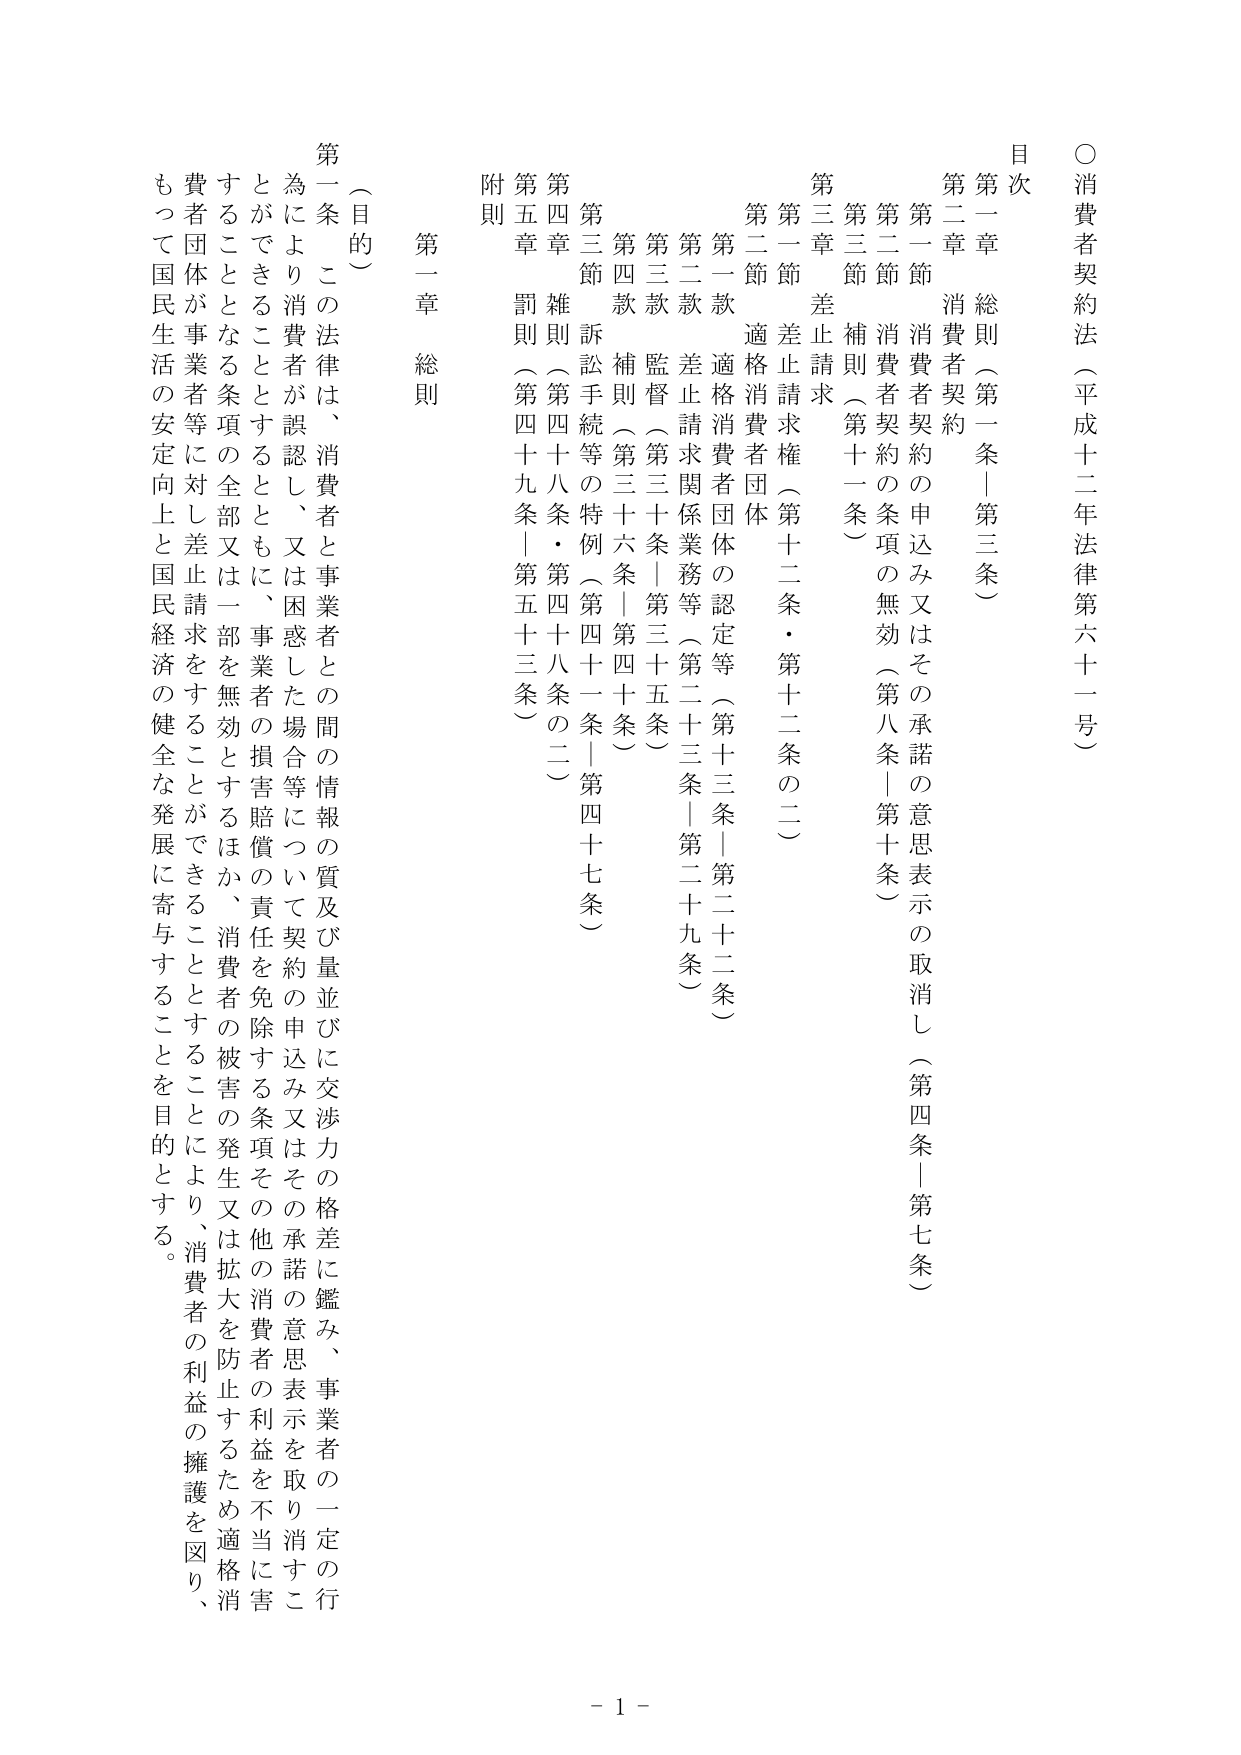
○ 消費者契約法（平成十二年法律第六十一号）

目次

第一章 総則（第一条｜第三条）
第二章 消費者契約
　第一節 消費者契約の申込み又はその承諾の意思表示の取消し（第四条｜第七条）
　第二節 消費者契約の条項の無効（第八条｜第十条）
　第三節 補則（第十一条）
第三章 差止請求
　第一節 差止請求権（第十二条・第十二条の二）
　第二節 適格消費者団体
　　第一款 適格消費者団体の認定等（第十三条｜第二十二条）
　　第二款 差止請求関係業務等（第二十三条｜第二十九条）
　　第三款 監督（第三十条｜第三十五条）
　　第四款 補則（第三十六条｜第四十条）
　第三節 訴訟手続等の特例（第四十一条｜第四十七条）
第四章 雑則（第四十八条・第四十八条の二）
第五章 罰則（第四十九条｜第五十三条）
附則

第一章 総則

（目的）

第一条 この法律は、消費者と事業者との間の情報の質及び量並びに交渉力の格差に鑑み、事業者の一定の行為により消費者が誤認し、又は困惑した場合等について契約の申込み又はその承諾の意思表示を取り消すことができることとするとともに、事業者の損害賠償の責任を免除する条項その他消費者の利益を不当に害することとなる条項の全部又は一部を無効とするほか、消費者の被害の発生又は拡大を防止するため適格消費者団体が事業者等に対し差止請求をすることができる thing とすることにより、消費者の利益の擁護を図り、もって国民生活の安定向上と国民経済の健全な発展に寄与することを目的とする。

- 1 -